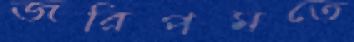
জরিপমতে